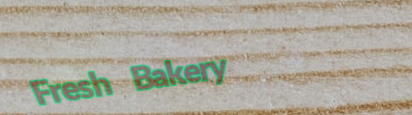
Fresh Bakery